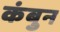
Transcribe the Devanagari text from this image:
कंबुन